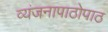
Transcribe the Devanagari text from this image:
व्यंजनापाठोपाठ